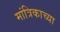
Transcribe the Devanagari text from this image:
मांत्रिकाच्या